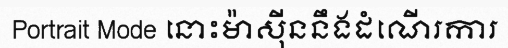
Portrait Mode នោះម៉ាស៊ីននឹងដំណើរការ